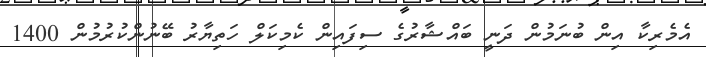
އެމެރިކާ އިން ބުނަމުން ދަނީ ބައްޝާރުގެ ސިފައިން ކެމިކަލް ހަތިޔާރު ބޭނުންކުރުމުން 1400